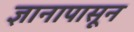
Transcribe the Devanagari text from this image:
ज्ञानापासून